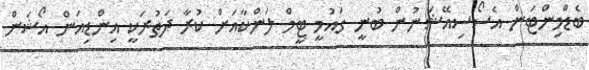
ބެޑްމިންޓަން އެސޯސިއޭޝަނުން ބުނީ ގައުމީ ޓީމް ލަންކާއަށް ކުރާ ދަތުރަކީ އިންޑިއަން އޯޝަން